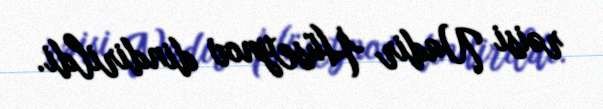
rəisi Nadir Hüseynov dindirildi.